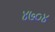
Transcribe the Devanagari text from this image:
४७०४